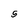
Character: 5